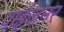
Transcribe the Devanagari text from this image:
वाईजनर